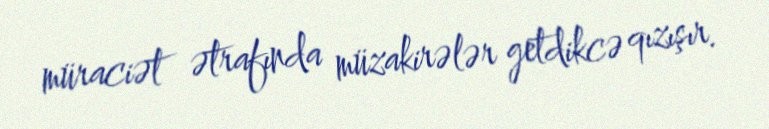
müraciət ətrafında müzakirələr getdikcə qızışır.